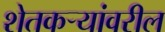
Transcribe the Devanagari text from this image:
शेतकर्‍यांवरील